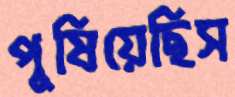
পুষিয়েছিস